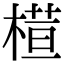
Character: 𣘇